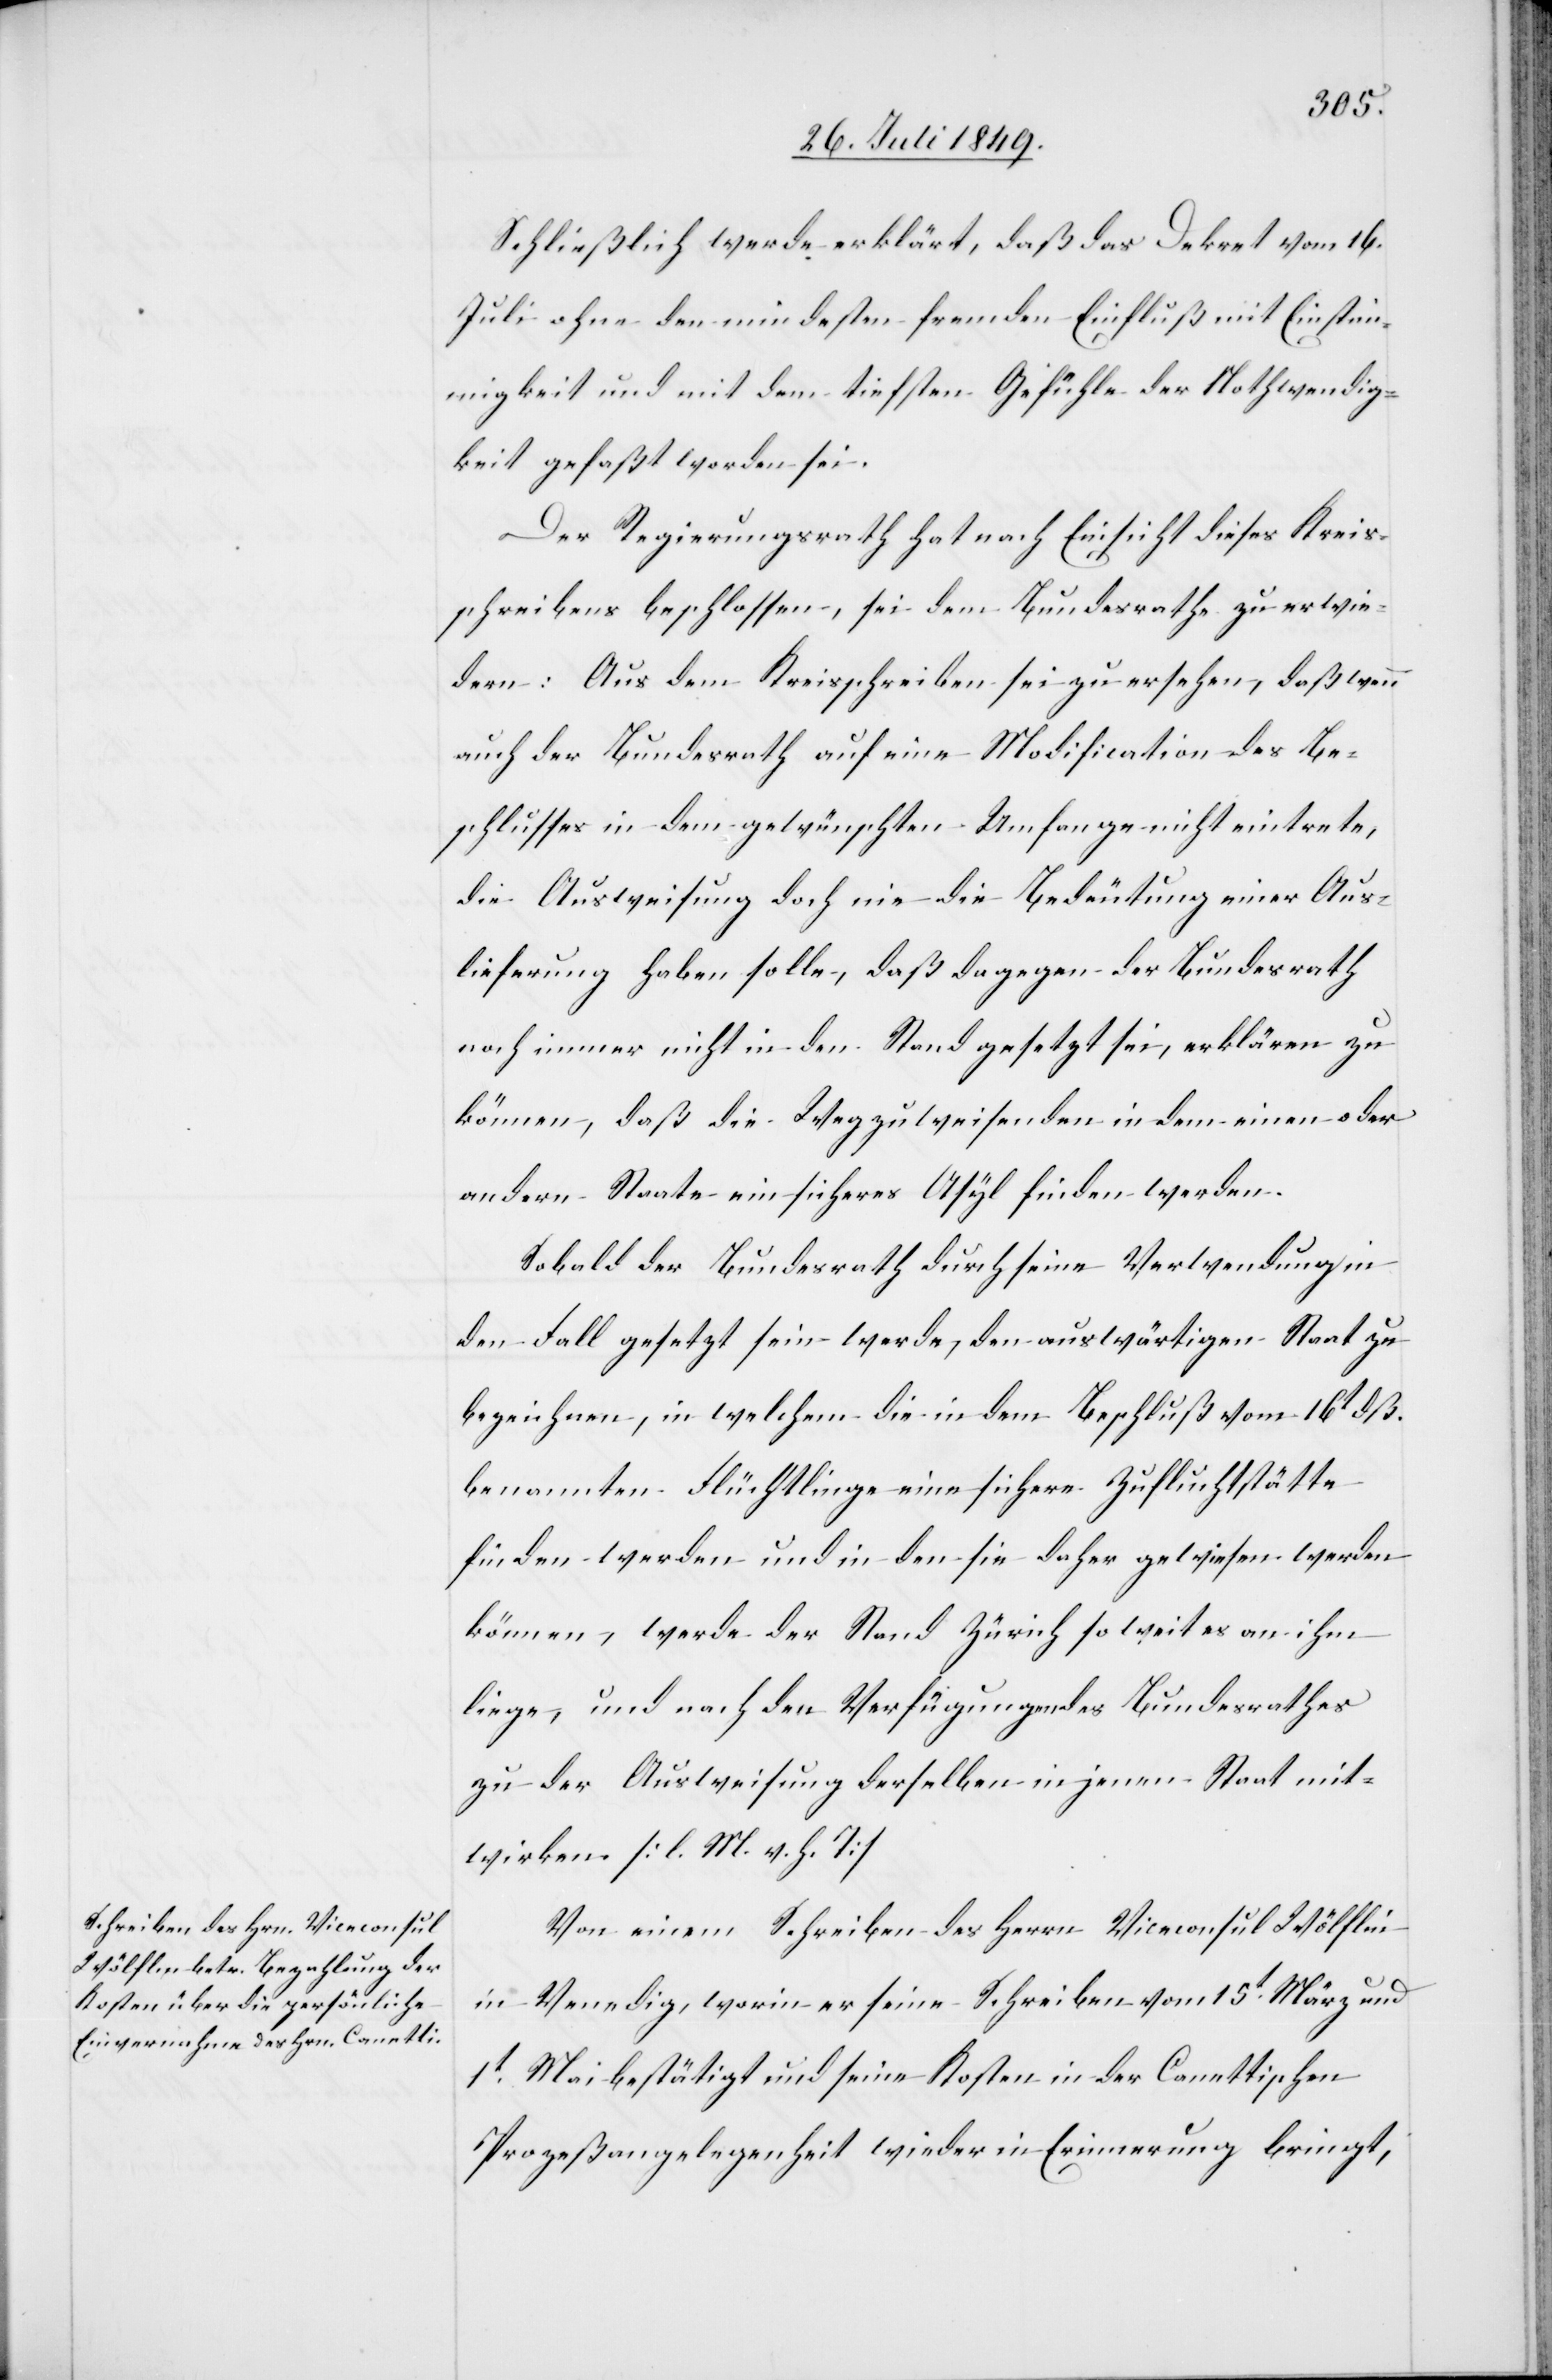
Schließlich werde erklärt, daß das Dekret vom 16.
Juli ohne den mindesten fremden Einfluß mit Einstim¬
migkeit und mit dem tiefsten Gefühle der Nothwendig¬
keit gefaßt worden sei.
Der Regierungsrath hat nach Einsicht dieses Kreis¬
schreibens beschlossen, sei dem Bundesrathe zu erwie¬
dern: Aus dem Kreisschreiben sei zu ersehen, daß wenn
auch der Bundesrath auf eine Modification des Be¬
schlusses in dem gewünschten Umfange nicht eintrete,
die Ausweisung doch nie die Bedeutung einer Aus¬
lieferung haben solle, daß dagegen der Bundesrath
noch immer nicht in den Stand gesetzt sei, erklären zu
können, daß die Wegzuweisenden in dem einen oder
andern Staate ein sicheres Asyl finden werden.
Sobald der Bundesrath durch seine Verwendung in
den Fall gesetzt sein werde, den auswärtigen Staat zu
bezeichnen, in welchem die in dem Beschluß vom 16t dß.
benannten Flüchtlinge eine sichere Zufluchtstätte
finden werden und in den sie daher gewiesen werden
können, werde der Stand Zürich so weit es an ihm
liege, und nach den Verfügungen des Bundesrathes
zu der Ausweisung derselben in jenen Staat mit¬
wirken. [l. M. v. h. T]
Von einem Schreiben des Herrn Viceconsul Wölflin
in Venedig, worin er seine Schreiben vom 15t März und
1t Mai bestätigt und seine Kosten in der Canettischen
Prozeßangelegenheit wieder in Erinnerung bringt,